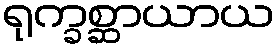
ရုက္ခစ္ဆာယာယ